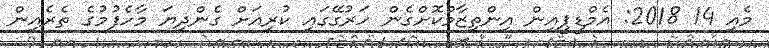
މެއި 14 2018: އެމްޑީޕީއިން އިންތިޒާމްކޮށްގެން ހަރުގޭގައި ކުރިއަށް ގެންދިޔަ މާހެފުމުގެ ތެރެއިން